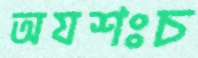
অযশঃচ